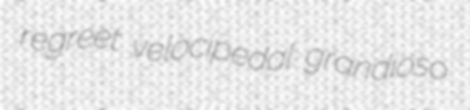
regreet velocipedal grandioso